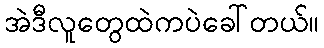
အဲဒီလူတွေထဲကပဲခေါ်တယ်။